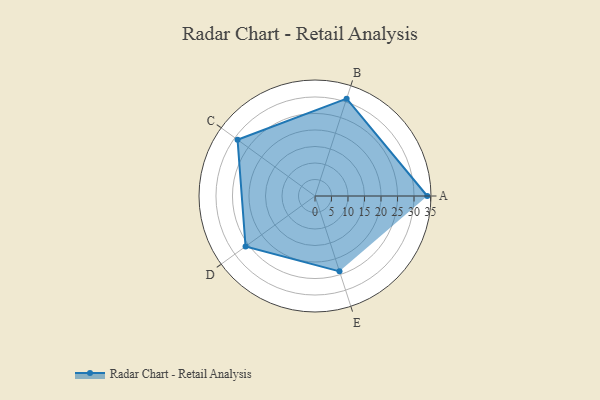
{"axis": {"x": "Skill", "y": "Score"}, "legend": ["Profile"], "data": [{"x": "A", "y": 34.0, "type": "Profile"}, {"x": "B", "y": 31.0, "type": "Profile"}, {"x": "C", "y": 29.0, "type": "Profile"}, {"x": "D", "y": 26.0, "type": "Profile"}, {"x": "E", "y": 24.0, "type": "Profile"}]}